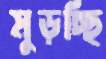
মুড়চ্ছি